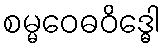
စမ္မဝေဓဝိဒ္ဓေါ